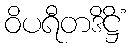
ဝိပရီတဒိဋ္ဌိံ